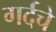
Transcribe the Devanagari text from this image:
गर्दचे